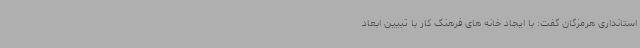
استانداری هرمزگان گفت: با ایجاد خانه های فرهنگ کار با تبیین ابعاد